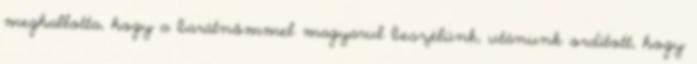
meghallotta, hogy a barátnőmmel magyarul beszélünk, utánunk ordított, hogy